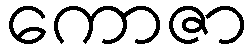
ကောဇာ